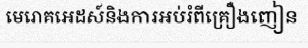
មេរោគអេដស៍និងការអប់រំពីគ្រឿងញៀន